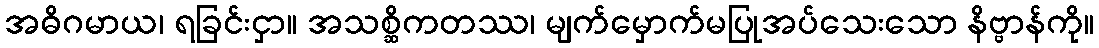
အဓိဂမာယ၊ ရခြင်းငှာ။ အသစ္ဆိကတဿ၊ မျက်မှောက်မပြုအပ်သေးသော နိဗ္ဗာန်ကို။